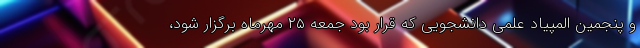
و پنجمین المپیاد علمی دانشجویی که قرار بود جمعه ۲۵ مهرماه برگزار شود،